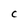
Character: C